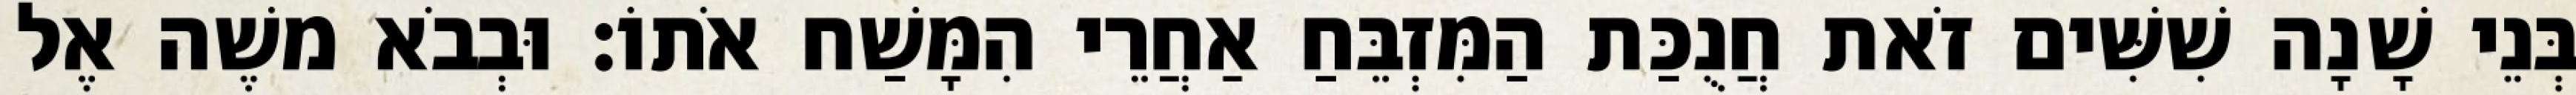
בְּנֵי שָׁנָה שִׁשִּׁים זֹאת חֲנֻכַּת הַמִּזְבֵּחַ אַחֲרֵי הִמָּשַׁח אֹתוֹ׃ וּבְבֹא משֶׁה אֶל